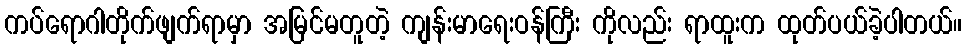
ကပ်ရောဂါတိုက်ဖျက်ရာမှာ အမြင်မတူတဲ့ ကျန်းမာရေးဝန်ကြီး ကိုလည်း ရာထူးက ထုတ်ပယ်ခဲ့ပါတယ်။